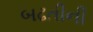
બઢતીની